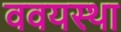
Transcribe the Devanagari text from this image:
ववयस्था